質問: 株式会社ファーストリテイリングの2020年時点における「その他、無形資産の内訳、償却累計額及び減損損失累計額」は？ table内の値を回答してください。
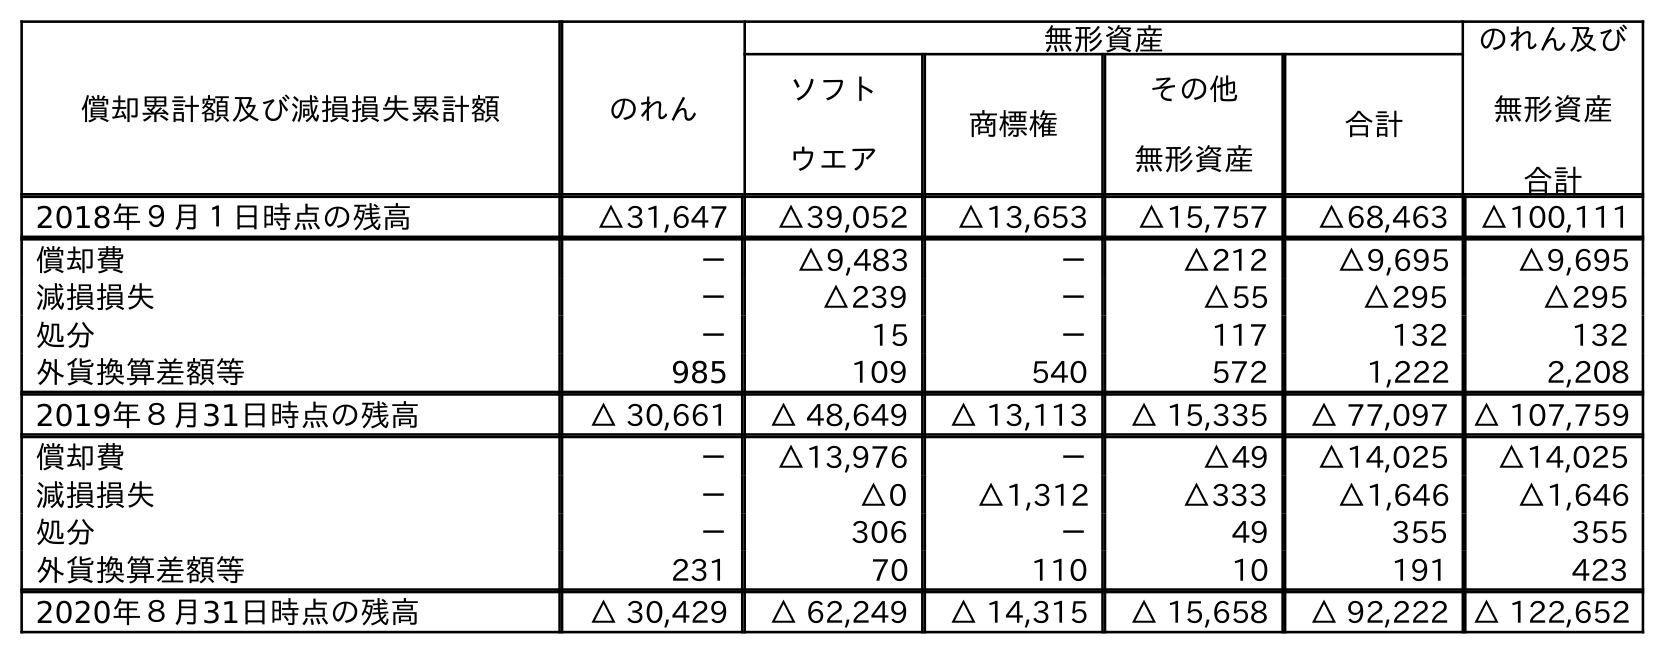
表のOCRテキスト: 償却累計額及び減損損失累計額 のれん 無形資産 のれん及び 無形資産 合計 ソフト ウエア 商標権 その他 無形資産 合計 2018年９月１日時点の残高 △31,647 △39,052 △13,653 △15,757 △68,463 △100,111 償却費 － △9,483 － △212 △9,695 △9,695 減損損失 － △239 － △55 △295 △295 処分 － 15 － 117 132 132 外貨換算差額等 985 109 540 572 1,222 2,208 2019年８月31日時点の残高 △ 30,661 △ 48,649 △ 13,113 △ 15,335 △ 77,097 △ 107,759 償却費 － △13,976 － △49 △14,025 △14,025 減損損失 － △0 △1,312 △333 △1,646 △1,646 処分 － 306 － 49 355 355 外貨換算差額等 231 70 110 10 191 423 2020年８月31日時点の残高 △ 30,429 △ 62,249 △ 14,315 △ 15,658 △ 92,222 △ 122,652
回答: △15,658